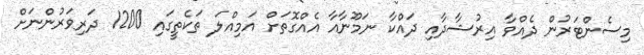
މިސެންޓަރުން ދެއްވާ އިރުޝާދާއި ދައްކާ ނަމޫނާއާ އެއްގޮތަށް އަމިއްލަ ތަކެތީގައި 1200 ދަރިވަރުންނަށް